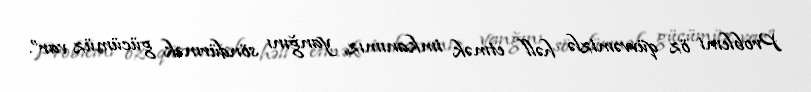
Problemi öz qüvvəmizlə həll etmək imkanımız, yanğını söndürmək gücümüz var”.